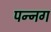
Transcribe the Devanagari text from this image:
पन्‍नग